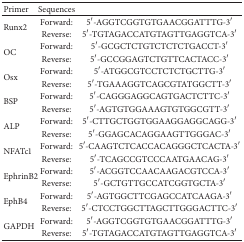
<table><thead><tr><td><b>Primer</b></td><td><b>Sequences</b></td><td><b> </b></td></tr></thead><tbody><tr><td rowspan="2">Runx2</td><td>Forward:</td><td>5′-AGGTCGGTGTGAACGGATTTG-3′</td></tr><tr><td>Reverse:</td><td>5′-TGTAGACCATGTAGTTGAGGTCA-3′</td></tr><tr><td rowspan="2">OC</td><td>Forward:</td><td>5′-GCGCTCTGTCTCTCTGACCT-3′</td></tr><tr><td>Reverse:</td><td>5′-GCCGGAGTCTGTTCACTACC-3′</td></tr><tr><td rowspan="2">Osx</td><td>Forward:</td><td>5′-ATGGCGTCCTCTCTGCTTG-3′</td></tr><tr><td>Reverse:</td><td>5′-TGAAAGGTCAGCGTATGGCTT-3′</td></tr><tr><td rowspan="2">BSP</td><td>Forward:</td><td>5′-CAGGGAGGCAGTGACTCTTC-3′</td></tr><tr><td>Reverse:</td><td>5′-AGTGTGGAAAGTGTGGCGTT-3′</td></tr><tr><td rowspan="2">ALP</td><td>Forward:</td><td>5′-CTTGCTGGTGGAAGGAGGCAGG-3′</td></tr><tr><td>Reverse:</td><td>5′-GGAGCACAGGAAGTTGGGAC-3′</td></tr><tr><td rowspan="2">NFATc1</td><td>Forward:</td><td>5′-CAAGTCTCACCACAGGGCTCACTA-3′</td></tr><tr><td>Reverse:</td><td>5′-TCAGCCGTCCCAATGAACAG-3′</td></tr><tr><td rowspan="2">EphrinB2</td><td>Forward:</td><td>5′-ACGGTCCAACAAGACGTCCA-3′</td></tr><tr><td>Reverse:</td><td>5′-GCTGTTGCCATCGGTGCTA-3′</td></tr><tr><td rowspan="2">EphB4</td><td>Forward:</td><td>5′-AGTGGCTTCGAGCCATCAAGA-3′</td></tr><tr><td>Reverse:</td><td>5′-CTCCTGGCTTAGCTTGGGACTTC-3′</td></tr><tr><td rowspan="2">GAPDH</td><td>Forward:</td><td>5′-AGGTCGGTGTGAACGGATTTG-3′</td></tr><tr><td>Reverse:</td><td>5′-TGTAGACCATGTAGTTGAGGTCA-3′</td></tr></tbody></table>